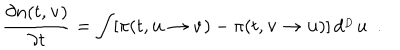
\frac { \partial n ( t , { \bf v } ) } { \partial t } = \int [ \pi ( t , { \bf u } \rightarrow { \bf v } ) - \pi ( t , { \bf v } \rightarrow { \bf u } ) ] \, d ^ { _ { ^ D } } u \ \ .